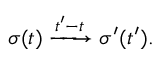
\boldsymbol { \sigma } ( t ) \xrightarrow { { t ^ { \prime } } - t } \boldsymbol { \sigma ^ { \prime } } ( { t ^ { \prime } } ) .